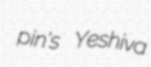
pin's Yeshiva